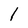
Character: l